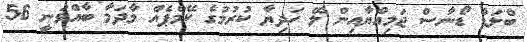
ބްލަޑް ޑޯނާސް ޖަމިއްޔާއިން ލޭ ހަދިޔާ ކުރުމުގެ ކޭމްޕެއް މާދަމާ ބާއްވަނީ 56